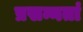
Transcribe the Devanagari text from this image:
प्रसन्नतां